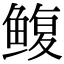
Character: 鳆